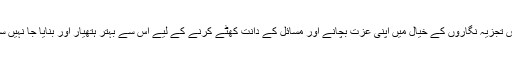
بعض تجزیہ نگاروں کے خیال میں اپنی عزت بچانے اور مسائل کے دانت کھٹے کرنے کے لیے اس سے بہتر ہتھیار اور بنایا جا نہیں سکتا۔